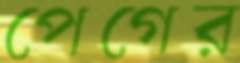
পেগের